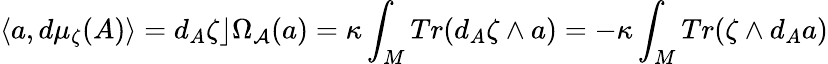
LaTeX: \langle a,d\mu_{\zeta}(A)\rangle=d_{A}\zeta\rfloor\Omega_{{\cal A}}(a)=\kappa\int_{M}Tr(d_{A}\zeta\wedge a)=-\kappa\int_{M}Tr(\zeta\wedge d_{A}a)